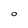
Character: O